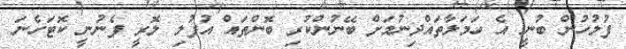
ފުލުހުން ބުނީ އެ ހަމަލާތައްދިނުމަށް ބޭނުންކުރި ބޮންތައް އުފުލި ލޮރީ ފެނުނީ ކޮޓަހެނަ